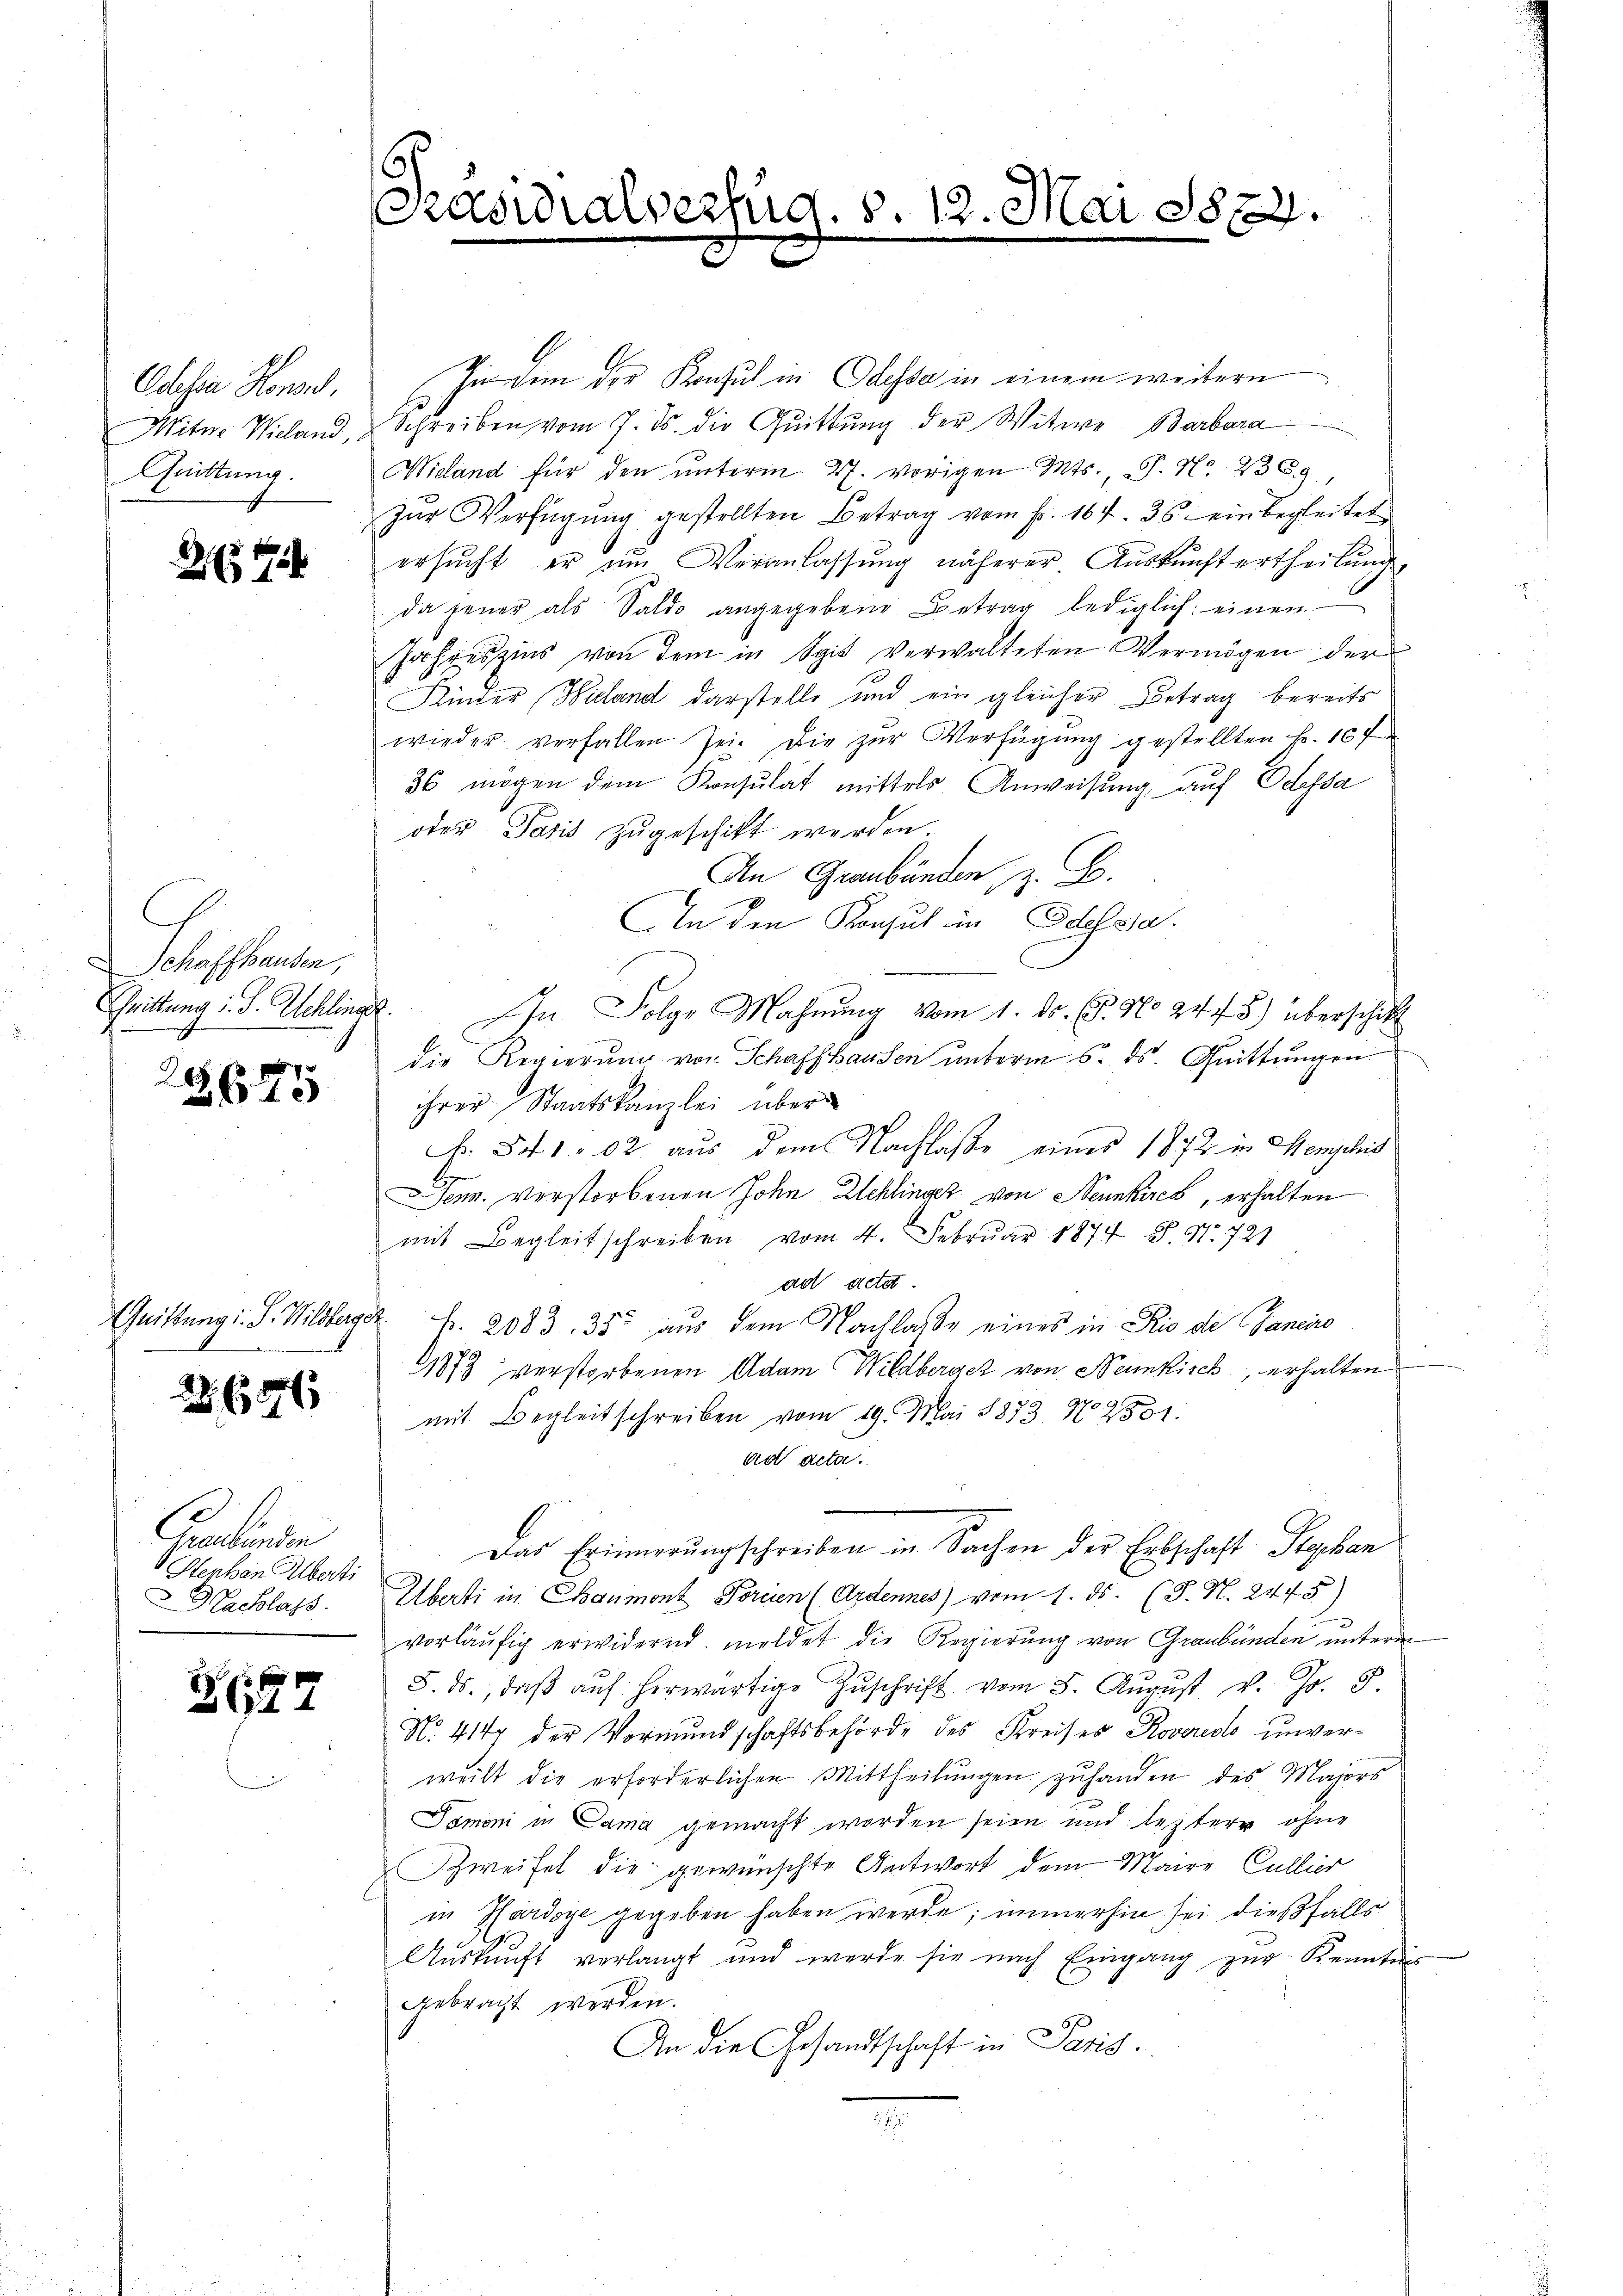
Obser Honn,
Quittung

24

Schaffhausen,

209
2675

Quittung i. S. Wildberger

28. 656

Craulinen
Sterban Alberti
Nachlass

2641

Indem der Konsul in Odessa in einem weitern
Witwe Wieland, u Schreiben vom 7. ds. die Quittung der Witwe Barbara
Wieland für den unterm 27. vorigen Mts., S. Nr. 236
zŭr Verfügŭng gestellten Betrag vom fr. 164. 36. einbegleitet
ersucht, er um Veranlassung näherer Auskunft ertheilung,
da jener als Saldo angegebene Betrag lediglich einen
Jahreszins von dem in Spis verwalteten Vermögen der
Kinder Hilland darstelle und ein gleicher Betrag bereits
wieder verfallen sei. Die zŭr Verfügŭng gestellten Fr. 10 f
36 mögen dem Konsulat mittels Anweisung auf Odessa
oder Paris zugeschikt werden
An Graubünden, z. B.
AIn den Konsul in Odessa.
Christung u. F. Schlings. In Folge Mahnŭng vom 1. ds. (s. No 24 f. 5) überschikt
die Regierung von Schaffhausen unterm 6. ds. Quittungen
ihrer Staatskanzlei über¬
N. 841 02 aus dem Nachlaße eines 1872 in Menschi
E
Jem. Verstorbenen John Lehlinger von Neunkirch, erhalten
mit Begleitschreiben vom 4. Februar 1874. S. Nr. 721
ad acta
Fr. 2083. 355 aus dem Nachlasse eines in Rio de Janeiro
31873 verstorbenen Adam Wildbergez von Neunkirch, erhalten
mit Begleitschreiben vom 19. Mai 1873. No. 2801.
ad acta.
Das Erinnerungschreiben in Sachen der Erbschaft Fryben
Überti in Chaumont Forden (Ardennes) vom 1. ds. (T. N. 2445)
vorläufig erwidernd. meldet die Regierung von Graubünden unterm
5. ds., daβ aŭf herwärtige Zŭschrift vom 5. Aŭgŭst v. Js. 8.
No. 417 der Vormundschaftsbehörde des Kreiser Roveredo unver-
welt die erforderlichen Mittheilungen zuhanden des Majors
Tamoni in Cama gemacht worden seien und leztere ohne
Zweifel die gewünschte Antwort dem Maire Cullier
in Hardoye gegeben haben werde; immerhin sei dießfalls
Aŭskŭnft verlangt und werde sie nach Eingang zŭr Kennten
gebracht werden.
An die Gesandtschaft in Paris.
.

Präsidialverfüg

12. d.

A 3872.